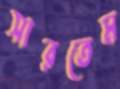
সারতেম